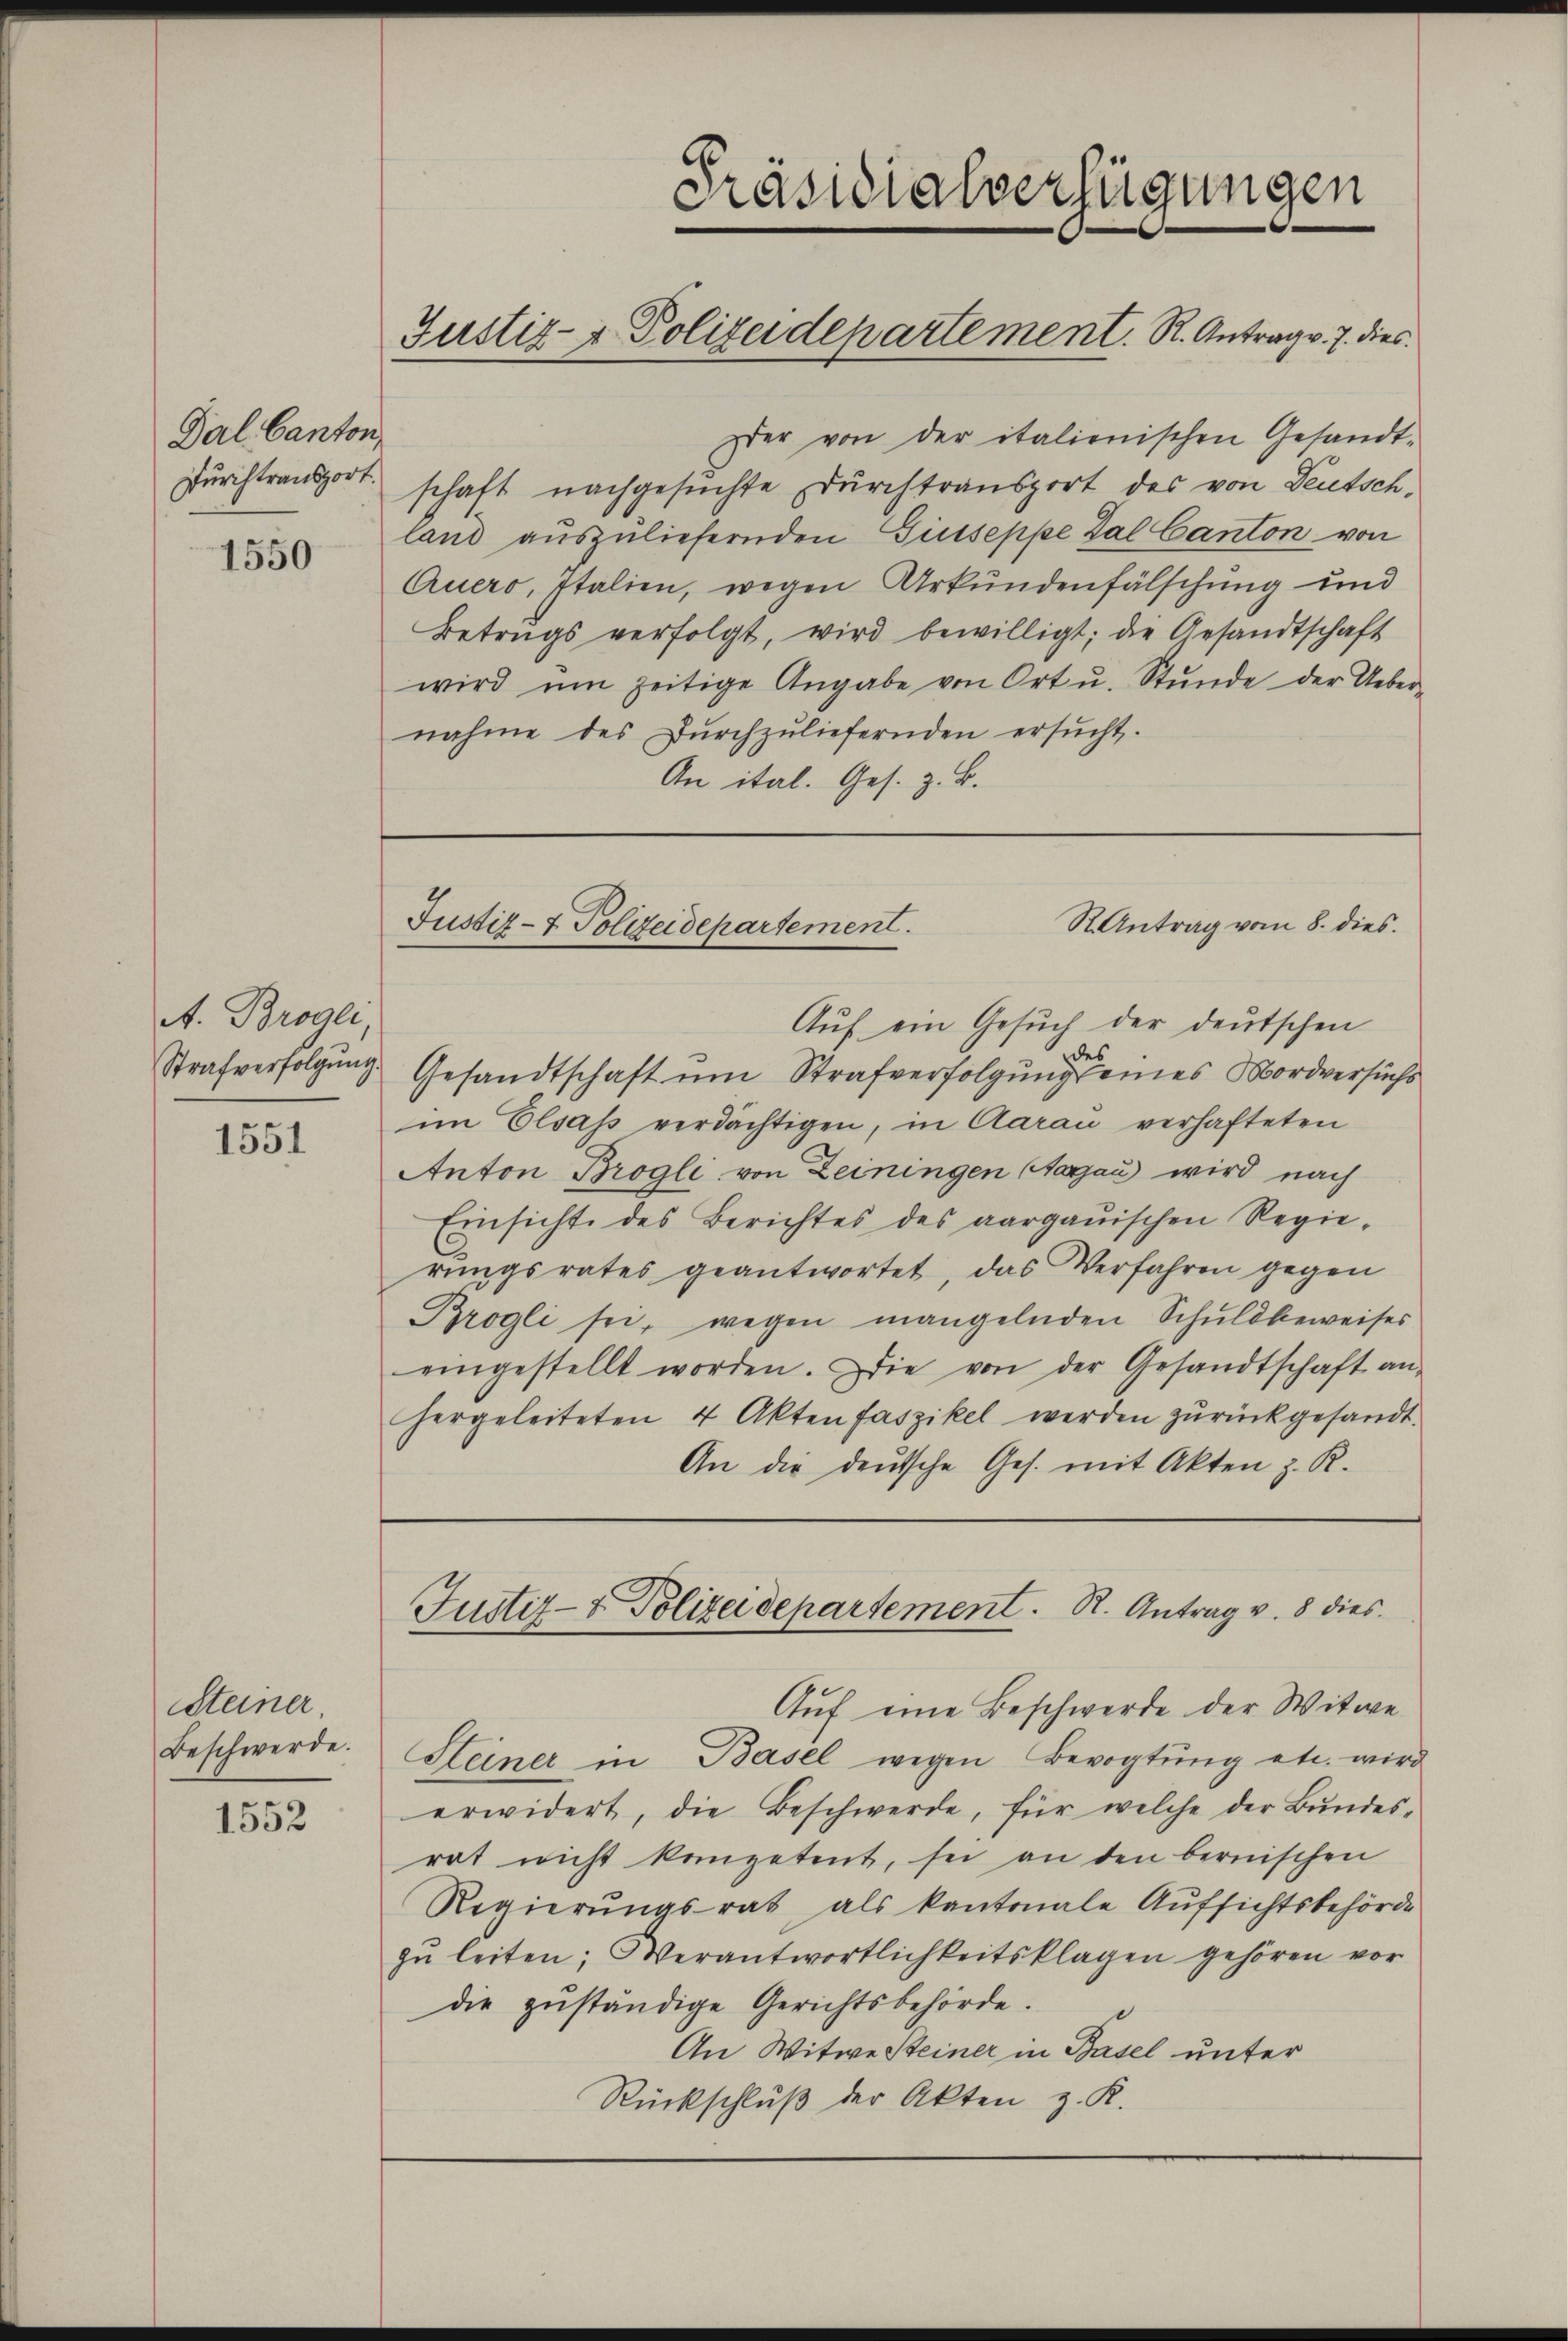
Dal. Canton,
Durchtransport.

1550

A. Brogli
Strafverfolgung.

1551

Steiner
Beschwerde.

1552

Präsidialverfügungen
Justiz- & Polizeidepartement. R. Antrag v. 7. dies

zer von der italienischen Gesandt-
schaft nachgesuchte Durchtransport des von Deutsch-
land auszuliefernden Gutseppe Zal Canton von
Quero, Italien, wegen Urkundenfälschung und
Betrugs verfolgt, wird bewilligt; die Gesandtschaft
wird ŭm zeitige Angabe von Ort u. Stŭnde der Ueber-
nahme des Dŭrchzuliefernden ersucht.
An ital. Ges. z. B.

S. Antrag vom 8. dies.
Justiz- & Polizeidepartement.

Aŭf ein Gesŭch der deutschen
des
Gesandtschaft um Strafverfolgung eines Mordversuchs
im Elsass verdächtigen, in Aarau verhafteten
Anton Brogli von Zeiningen Aargau wird nach
Einsicht des Berichtes des aargauischen Regie-
rŭngsrates geantwortet, das Verfahren gegen
Brogli sei, wegen mangelnden Schuldbeweises
eingestellt worden. Die von der Gesandtschaft an-
hergeleiteten 4 Akten faszikel werden zŭrückgesandt.
An die deutsche Ges. mit Akten z. R.

Justiz- & Polizeidepartement. R. Antrag v. 8 dies

Auf eine Beschwerde der Witwe
Heiner in Basel wegen Bevogtung etc. wird
erwidert, die Beschwerde, für welche der Bundesrat nicht kompetent, sei an den bernischen
Regierungsrat, als kantonale Aufsichtsbehörde
zŭ leiten; Verantwortlichkeitsklagen gehören vor
die zŭständige Gerichtsbehörde.
An Witwe Steiner in Basel unter
Rückschluß der Akten z. K.